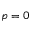
p = 0